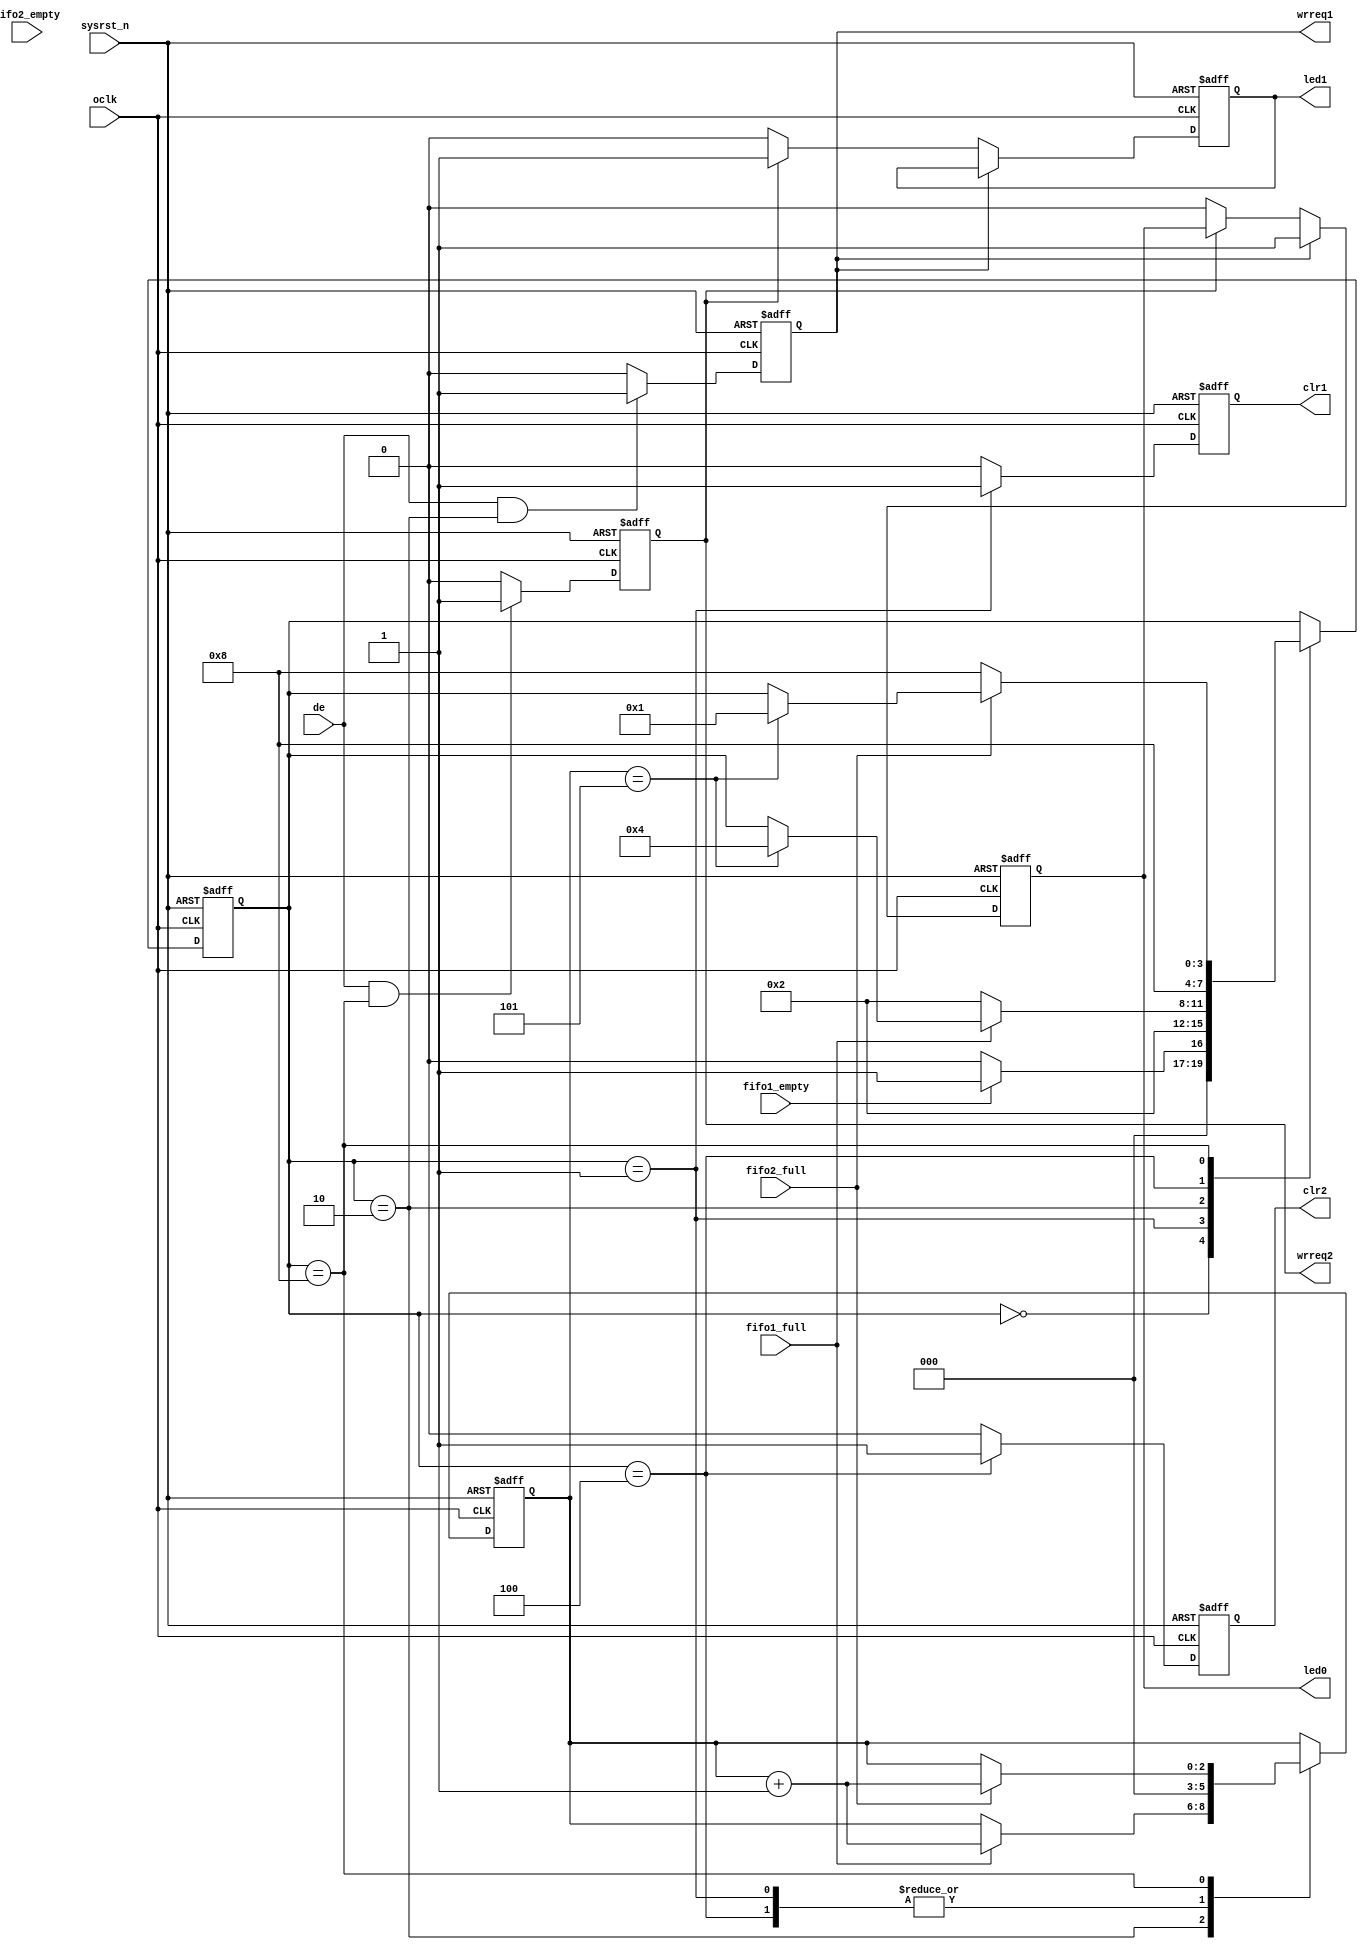

/* 
copyright C.Y

Filename    : pllnrst.v
Compiler    : Quartus II 9.1
simulator	: ModelSim 6.5b
Description : 
Release     : 
*/

module pingpong_wr (
				//input
				oclk,
				sysrst_n,
				fifo1_full,
				fifo1_empty,
				fifo2_full,
				fifo2_empty,
				de,
				//output
				led0,
				led1,
				clr1,
				clr2,
				wrreq1,
				wrreq2
				);
				
input oclk;
input sysrst_n;
input fifo1_full;
input fifo1_empty;
input fifo2_full;
input fifo2_empty;
input de;
output led0;
output led1;
output clr1;
output clr2;
output wrreq1;
output wrreq2;

//FSM controler
reg [3:0] cstate;
reg [2:0] fsm_dly;

parameter IDLE=			4'b0000;
parameter CLR_FIFO1=	4'b0001;
parameter WR_FIFO1=		4'b0010;
parameter CLR_FIFO2=	4'b0100;
parameter WR_FIFO2=		4'b1000;

always @ (negedge oclk or negedge sysrst_n) begin
	if(!sysrst_n) begin
		cstate<=IDLE;
		fsm_dly<=3'd0;
		end
	else 
		case(cstate)
			IDLE: begin
				if(fifo1_empty)
					cstate<=CLR_FIFO1;
				else 
					cstate<=IDLE;
				end
			CLR_FIFO1: begin
				fsm_dly<=3'd0;
				cstate<=WR_FIFO1;
				end
			WR_FIFO1: begin
				if(fifo1_full) begin	
					fsm_dly<=fsm_dly+1'b1;
					if(fsm_dly==3'd5)
						cstate<=CLR_FIFO2;
					else ;
					end
				else
					cstate<=WR_FIFO1;
				end
			CLR_FIFO2: begin
				fsm_dly<=3'd0;
				cstate<=WR_FIFO2;
				end
			WR_FIFO2: begin
				if(fifo2_full) begin
					fsm_dly<=fsm_dly+1'b1;
					if(fsm_dly==3'd5)
						cstate<=CLR_FIFO1;
					else ;
					end
				else
					cstate<=WR_FIFO2;
				end
			default: ;
		endcase
end

reg clr1;
always @ (negedge oclk or negedge sysrst_n) begin
	if(!sysrst_n)
		clr1<=1'b1;
	else if(cstate==CLR_FIFO1)
		clr1<=1'b1;
	else 
		clr1<=1'b0;
end

reg clr2;
always @ (negedge oclk or negedge sysrst_n) begin
	if(!sysrst_n)
		clr2<=1'b1;
	else if(cstate==CLR_FIFO2)
		clr2<=1'b1;
	else 
		clr2<=1'b0;
end

reg [11:0] de_cnt;
always @ (negedge oclk or negedge sysrst_n) begin
	if(!sysrst_n) 
		de_cnt<=12'd0;
	else if(de)
		de_cnt<=de_cnt+1'b1;
	else
		de_cnt<=12'd0;
end

reg wrreq1;
always @ (negedge oclk or negedge sysrst_n) begin
	if(!sysrst_n)
		wrreq1<=1'b0;
	else if(de && cstate==WR_FIFO1)
		wrreq1<=1'b1;
	else 
		wrreq1<=1'b0;
end

reg wrreq2;
always @ (negedge oclk or negedge sysrst_n) begin
	if(!sysrst_n)
		wrreq2<=1'b0;
	else if(de && cstate==WR_FIFO2)
		wrreq2<=1'b1;
	else
		wrreq2<=1'b0;
end

//led0,led1
reg led0;
reg led1;
always @ (negedge oclk or negedge sysrst_n) begin
	if(!sysrst_n) begin
		led0<=1'b0;
		led1<=1'b0;
		end
	else if(wrreq1)
		led0<=1'b1;
	else if(wrreq2)
		led1<=1'b1;
	else begin
		led0<=1'b0;
		led1<=1'b0;
		end
end

endmodule